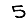
Digit: 5